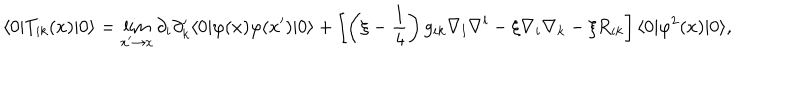
\langle 0 | T _ { i k } ( x ) | 0 \rangle = \lim _ { x ^ { \prime } \rightarrow x } \partial _ { i } \partial _ { k } ^ { \prime } \langle 0 | \varphi ( x ) \varphi ( x ^ { \prime } ) | 0 \rangle + \left[ \left( \xi - \frac { 1 } { 4 } \right) g _ { i k } \nabla _ { l } \nabla ^ { l } - \xi \nabla _ { i } \nabla _ { k } - \xi R _ { i k } \right] \langle 0 | \varphi ^ { 2 } ( x ) | 0 \rangle ,